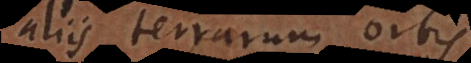
aliis terrarum orbis